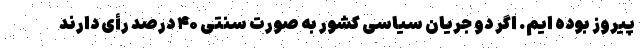
پیروز بوده ایم. اگر دو جریان سیاسی کشور به صورت سنتی ۴۰ درصد رأی دارند